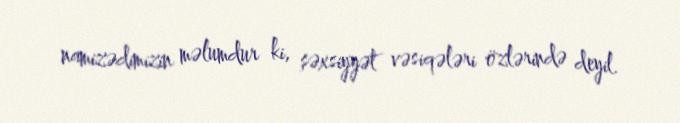
namizədimizin məlumdur ki, şəxsiyyət vəsiqələri özlərində deyil.